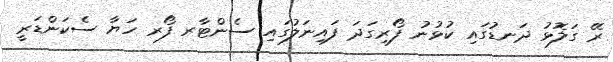
ރޭ ގަލޮޅު ދަނޑުގައި ކުޅުނު ފޯރިގަދަ ފައިނަލުގައި ސެންޓާރ ފޯރ ހަޔާ ސެކަންޑަރީ